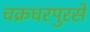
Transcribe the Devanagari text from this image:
चक्रधरपुरसे